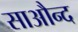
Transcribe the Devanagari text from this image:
साऔन्द